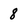
Character: 8